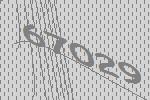
67029